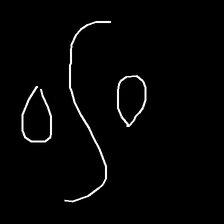
Glyph: water